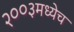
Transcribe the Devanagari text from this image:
२००३मध्येच